Lunatic asylums Punjab 1868-1880 - 1868-1880
Year: 1868
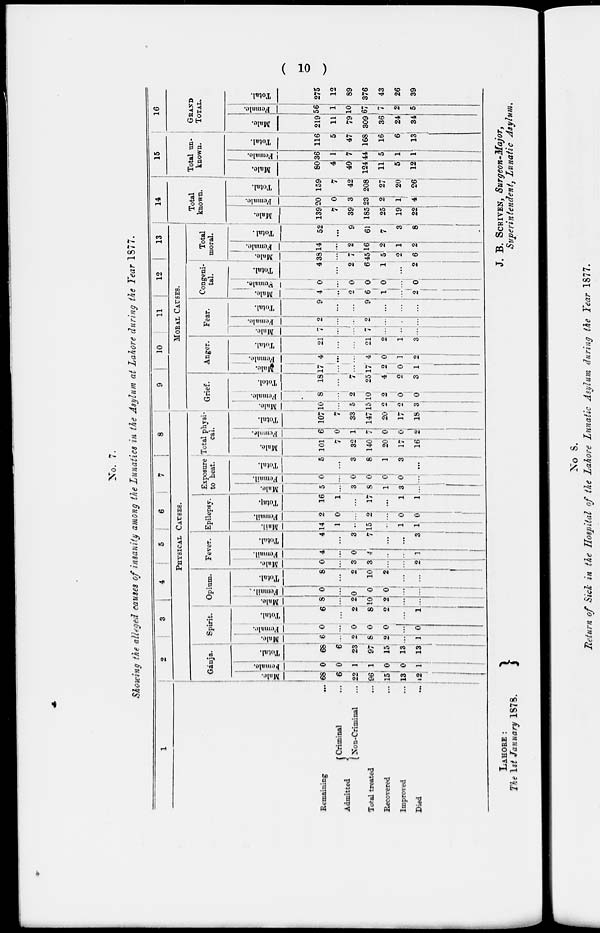
( 10 )
No. 7.
Showing the alleged causes of insanity among the Lunatics in the Asylum at Lahore during the Year 1877.
1
Remaining ...
Admitted
Criminal ...
Non-Criminal
...
Total treated
...
Recovered
...
Improved
...
Died
...
2
3
4
5
6
7
8
PHYSICAL CAUSES.
Gánja.
Male.
68
6
22
96
15
13
12
Female.
0
0
1
1
0
0
1
Total.
68
6
23
97
15
13
13
Spirit.
Male.
6
...
2
8
2
...
1
Female.
0
...
0
0
0
...
0
Total.
6
...
2
8
2
...
1
Opium.
Male.
8
...
2
10
2
...
...
Female
.
0
...
0
0
0
...
...
Total.
8
...
2
10
2
...
...
Fever.
Male.
0
...
3
3
...
...
2
Female.
4
...
0
4
..
...
1
Total.
4
...
3
7
...
...
3
Epilepsy.
Male.
14
1
...
15
...
1
1
Female.
2
0
...
2
...
0
0
Total.
16
1
...
17
...
1
1
Exposure
to heat.
Male.
5
...
3
8
1
3
...
Female.
0
...
0
0
0
0
...
Total.
5
...
3
8
1
3
...
Total physi-
cal.
Male.
101
7
32
140
20
17
16
Female.
6
0
1
7
0
0
2
Total.
107
7
33
147
20
17
18
9
10
11
12
13
MORAL CAUSES.
Grief.
Male.
10
...
5
15
2
2
3
Female.
8
...
2
10
2
0
0
Total.
18
...
7
25
4
2
3
Anger.
Male.
17
...
17
2
0
1
Female.
4
...
...
4
0
1
2
Total.
21
...
...
21
2
1
3
Fear.
Male.
7
...
...
7
...
...
...
Female
2
...
...
2
...
.
...
Total.
9
...
...
9
...
...
...
Congeni-
tal.
Male.
4
...
2
6
1
...
2
Female.
0
...
0
0
0
...
0
Total.
4
...
2
6
1
...
2
Total
moral.
Male.
38
...
7
45
5
2
6
Female.
14
...
2
16
2
1
2
Total.
52
...
9
61|
7
3
1
14
Total
known.
Male.
139
7
39
185
25
19
22
Female.
20
0
3
23
2
1
4
Total.
159
7
42
208
27
20
26
15
Total un-
known.
Male.
80
4
40
124
11
5
12
Female.
36
1
7
44
5
1
1
Total.
116
5
47
168
16
6
13
16
GRAND
TOTAL.
Male.
219
11
79
309
36
24
34
Female.
56
1
10
67
7
2
5
Total.
275
12
89
376
43
26
39
LAHORE :
The 1st January 1878.
J. B. SCRIVEN, Surgeon-Major,
Superintendent, Lunatic Asylum.